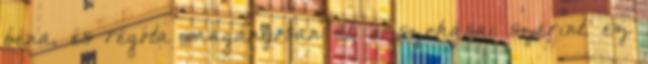
béna, és régóta magányosan él, a szokásai szerint, ez